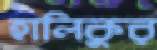
হালিকুর